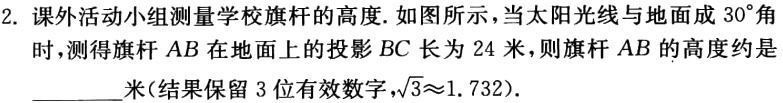
2. 课外活动小组测量学校旗杆的高度. 如图所示，当太阳光线与地面成\(30^{\circ}\)角时，测得旗杆\(AB\)在地面上的投影\(BC\)长为\(24\)米，则旗杆\(AB\)的高度约是________米(结果保留\(3\)位有效数字，\(\sqrt{3}\approx1.732\)).